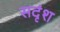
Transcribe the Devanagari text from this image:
सदृंश